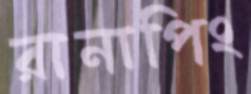
রানাপিং